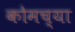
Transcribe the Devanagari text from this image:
कोमच्या